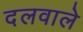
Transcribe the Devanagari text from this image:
दलवाले